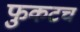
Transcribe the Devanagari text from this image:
फुकटच